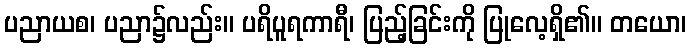
ပညာယစ၊ ပညာ၌လည်း။ ပရိပူရကာရီ၊ ပြည့်ခြင်းကို ပြုလေ့ရှိ၏။ တယော၊